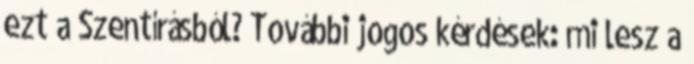
ezt a Szentírásból? További jogos kérdések: mi lesz a